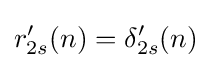
r'_{2s}(n)=\delta '_{2s}(n)